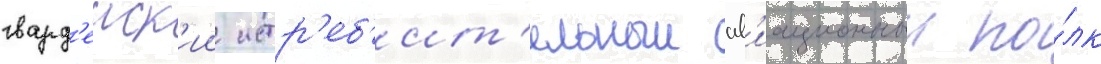
гвард'еиск'ии истр'еб'ит'ельныи ав'иационныи по́лк